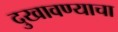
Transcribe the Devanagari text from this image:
दुखावण्याचा